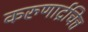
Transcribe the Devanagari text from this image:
करुणार्द्रचित्त